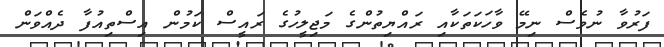
ފަރުވާ ނުވެސް ނިމޭ ވާހަކަތަކާއި ރައްޔިތުންގެ މަޖިލީހުގެ ރައީސް ކަމުން އިސްތިއުފާ ދެއްވަން